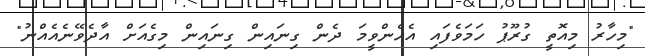
"މިހާރު މިއޮތީ ގުރޫޕު ހަމަވެފައި އެހެންވީމަ ދެން ގިނައިން ގިނައިން މިގެއަށް އާދެވޭނެއެއްނު"